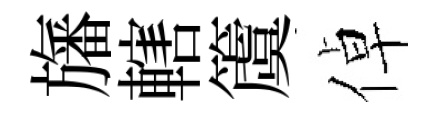
旛轄𥵂倬